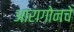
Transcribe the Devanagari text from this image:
आरागोनचे